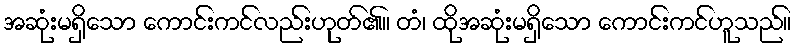
အဆုံးမရှိသော ကောင်းကင်လည်းဟုတ်၏။ တံ၊ ထိုအဆုံးမရှိသော ကောင်းကင်ဟူသည်။